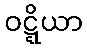
ဝဋ္ဋိယာ